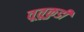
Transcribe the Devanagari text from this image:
तूतूकुडी